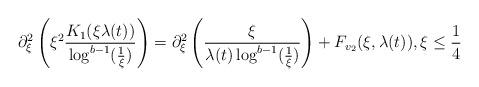
LaTeX: \begin{align*}\partial_{\xi}^{2}\left(\xi^{2}\frac{K_{1}(\xi\lambda(t))}{\log^{b-1}(\frac{1}{\xi})}\right)= \partial_{\xi}^{2}\left(\frac{\xi}{\lambda(t)\log^{b-1}(\frac{1}{\xi})}\right) + F_{v_{2}}(\xi,\lambda(t)), \xi \leq \frac{1}{4}\end{align*}